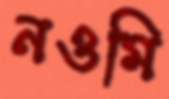
নওমি